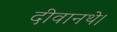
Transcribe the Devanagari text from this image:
दीवानथे।